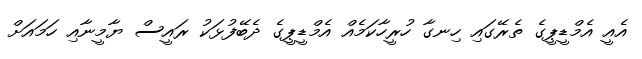
އެއީ އެމްޑީޕީގެ ތެރޭގައި ހިނގާ ހުރީހާކަމެއް އެމްޑީޕީގެ ދެބޭފުޅަކު ރައީސް ޔާމީނާއި ހަމައަށް